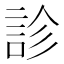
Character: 診